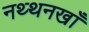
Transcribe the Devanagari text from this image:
नथ्थनखाँ